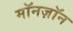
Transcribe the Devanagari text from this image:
मॉनज़ॉन